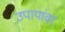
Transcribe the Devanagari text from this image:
उपायांवर